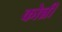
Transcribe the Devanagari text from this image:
कोन्नी